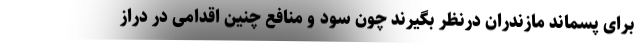
برای پسماند مازندران درنظر بگیرند چون سود و منافع چنین اقدامی در دراز